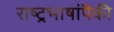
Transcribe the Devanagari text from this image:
राष्ट्रभाषांपैकी